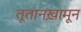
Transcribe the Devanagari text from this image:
तूतानख़ामून